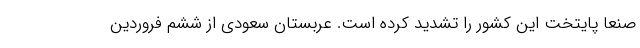
صنعا پایتخت این کشور را تشدید کرده است. عربستان سعودی از ششم فروردین